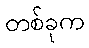
တစ်ခုက